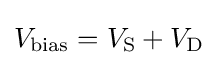
V_{\rm {bias}}=V_{\rm {S}}+V_{\rm {D}}